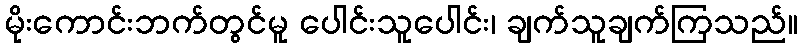
မိုးကောင်းဘက်တွင်မူ ပေါင်းသူပေါင်း၊ ချက်သူချက်ကြသည်။